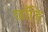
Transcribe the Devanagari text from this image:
छाँड़ि